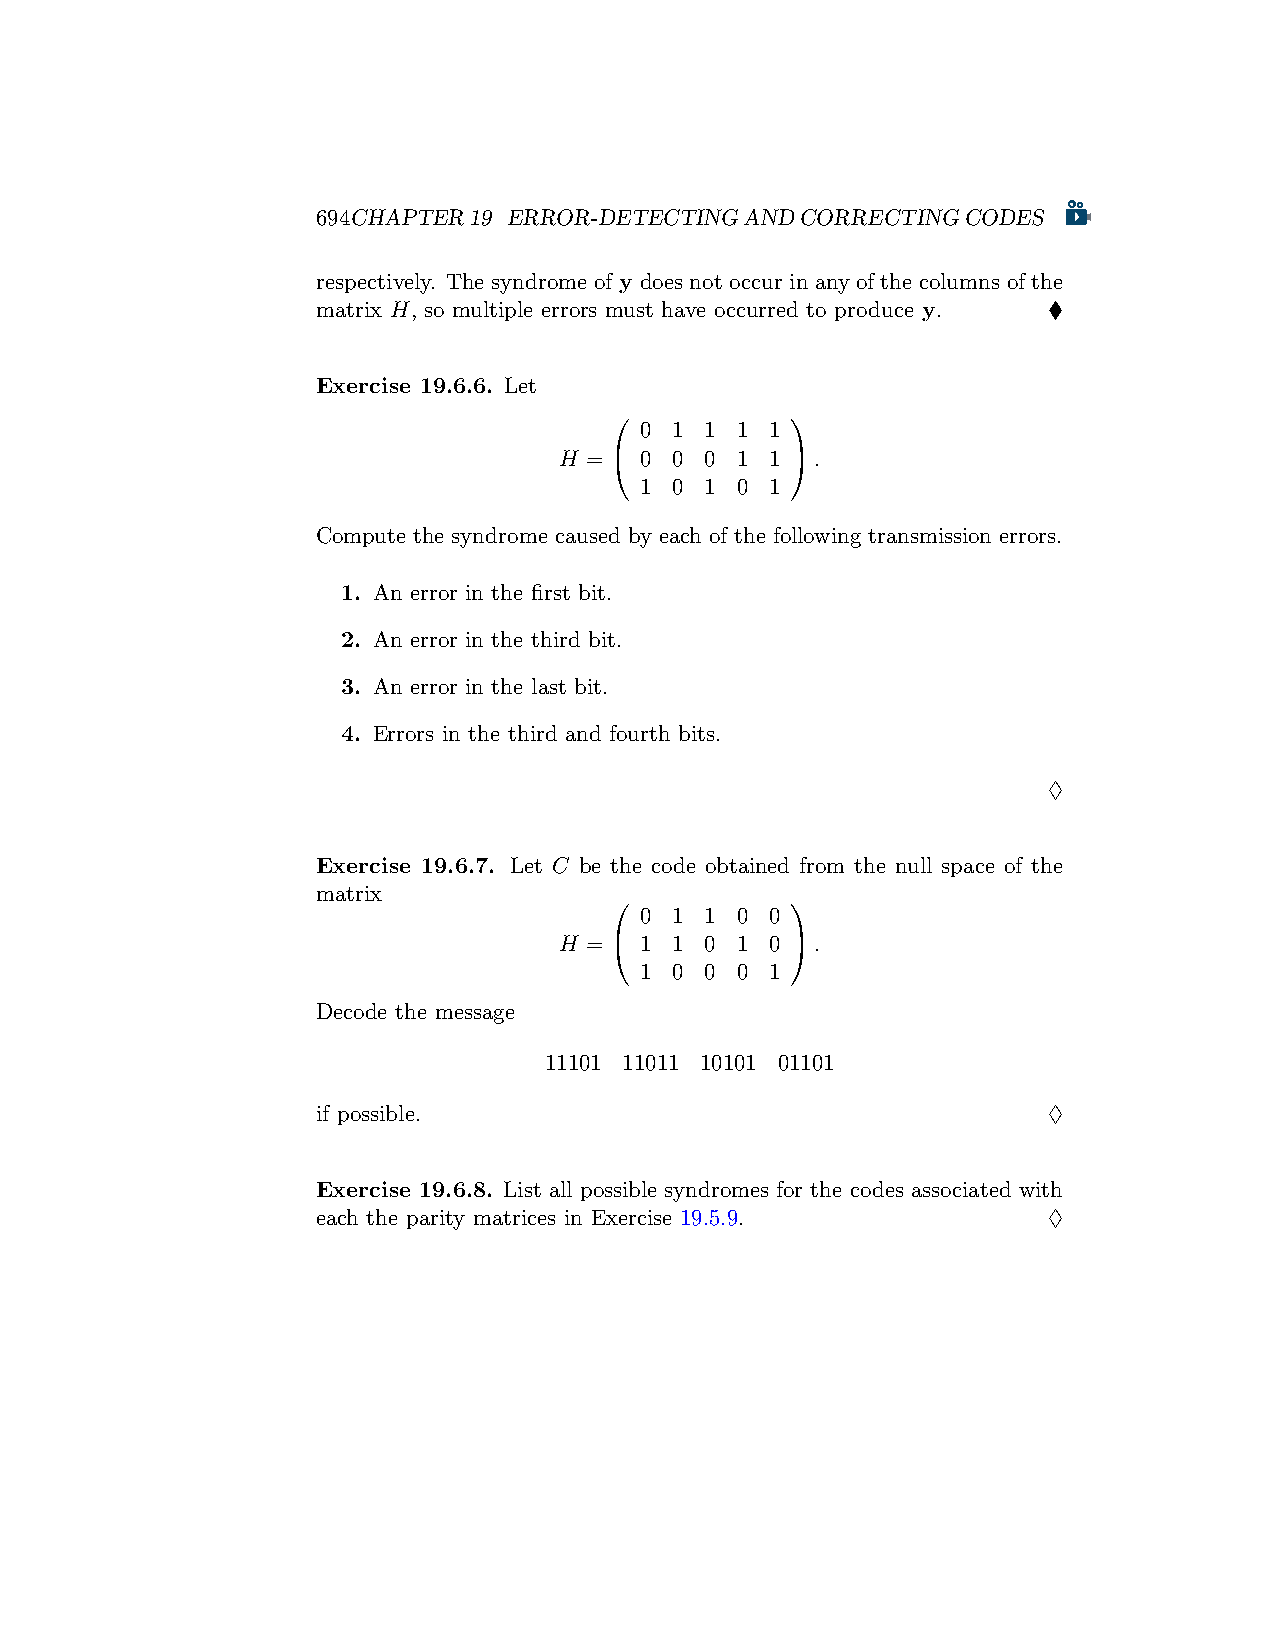
694CHAPTER19 ERROR-DETECTINGANDCORRECTINGCODES
 respectively. The syndrome of y does not occur in any of the columns of the
 matrix H, so multiple errors must have occurred to produce y. ♦
 Exercise 19.6.6. Let
            
 0  1 1 1 1
 H =  0 0 0 1 1 .
 1  0 1 0 1
 Compute the syndrome caused by each of the following transmission errors.
 1. An error in the first bit.
 2. An error in the third bit.
 3. An error in the last bit.
 4. Errors in the third and fourth bits.
 ♢
 Exercise 19.6.7. Let C be the code obtained from the null space of the
 matrix
            
 0  1 1 0 0
 H =  1 1 0 1 0 .
 1  0 0 0 1
 Decode the message
 11101 11011 10101 01101
 if possible.                                    ♢
 Exercise 19.6.8. List all possible syndromes for the codes associated with
 each the parity matrices in Exercise 19.5.9.    ♢